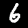
Digit: 6